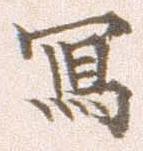
写